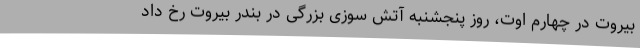
بیروت در چهارم اوت، روز پنجشنبه آتش سوزی بزرگی در بندر بیروت رخ داد